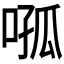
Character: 𭈦